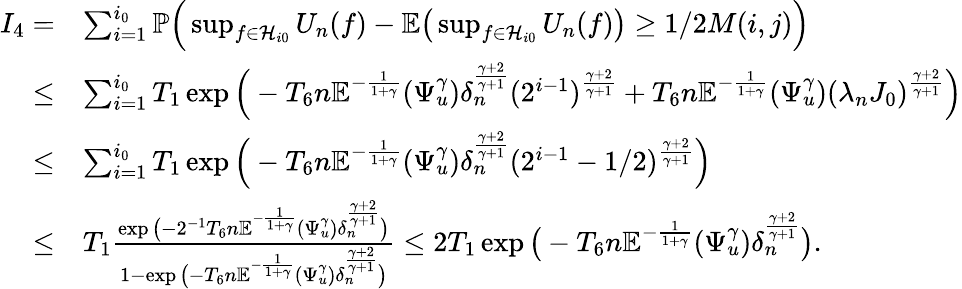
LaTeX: \begin{array}{rl}{I_{4}=}&{\sum_{i=1}^{i_{0}}\mathbb{P}\Big(\operatorname*{sup}_{f\in\mathcal{H}_{i0}}U_{n}(f)-\mathbb{E}\big(\operatorname*{sup}_{f\in\mathcal{H}_{i0}}U_{n}(f)\big)\geq 1/2M(i,j)\Big)}\\ {\leq}&{\sum_{i=1}^{i_{0}}T_{1}\exp\Big(-T_{6}n\mathbb{E}^{-\frac{1}{1+\gamma}}(\Psi_{u}^{\gamma})\delta_{n}^{\frac{\gamma+2}{\gamma+1}}(2^{i-1})^{\frac{\gamma+2}{\gamma+1}}+T_{6}n\mathbb{E}^{-\frac{1}{1+\gamma}}(\Psi_{u}^{\gamma})(\lambda_{n}J_{0})^{\frac{\gamma+2}{\gamma+1}}\Big)}\\ {\leq}&{\sum_{i=1}^{i_{0}}T_{1}\exp\Big(-T_{6}n\mathbb{E}^{-\frac{1}{1+\gamma}}(\Psi_{u}^{\gamma})\delta_{n}^{\frac{\gamma+2}{\gamma+1}}(2^{i-1}-1/2)^{\frac{\gamma+2}{\gamma+1}}\Big)}\\ {\leq}&{T_{1}\frac{\exp\big(-2^{-1}T_{6}n\mathbb{E}^{-\frac{1}{1+\gamma}}(\Psi_{u}^{\gamma})\delta_{n}^{\frac{\gamma+2}{\gamma+1}}\big)}{1-\exp\big(-T_{6}n\mathbb{E}^{-\frac{1}{1+\gamma}}(\Psi_{u}^{\gamma})\delta_{n}^{\frac{\gamma+2}{\gamma+1}}\big)}\leq 2T_{1}\exp\big(-T_{6}n\mathbb{E}^{-\frac{1}{1+\gamma}}(\Psi_{u}^{\gamma})\delta_{n}^{\frac{\gamma+2}{\gamma+1}}\big).}\end{array}